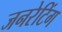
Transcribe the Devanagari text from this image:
जनरेटिंग